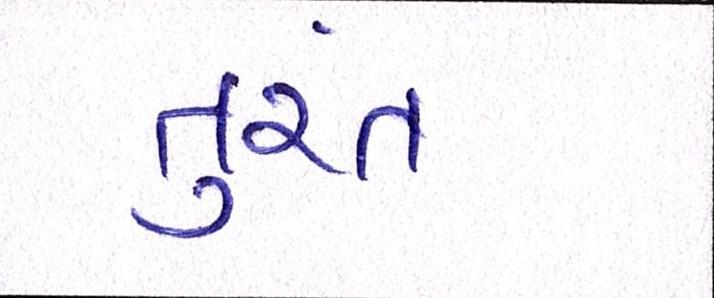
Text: તુરંત